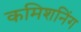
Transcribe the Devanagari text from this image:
कमिशनिंग